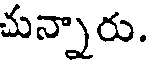
చున్నారు.